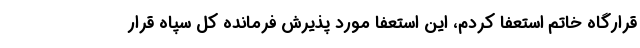
قرارگاه خاتم استعفا کردم، این استعفا مورد پذیرش فرمانده کل سپاه قرار